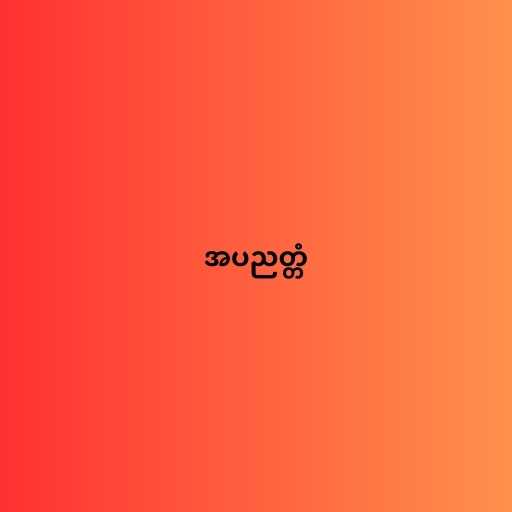
အပညတ္တံ